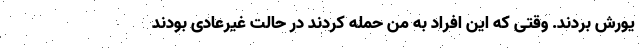
یورش بردند. وقتی که این افراد به من حمله کردند در حالت غیرعادی بودند